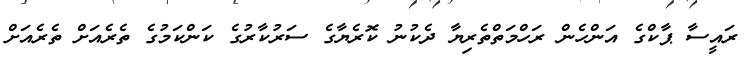
ރައީސާ ޕާކްގެ އަންހެން ރަހްމަތްތެރިޔާ ދެކުނު ކޮރެޔާގެ ސަރުކާރުގެ ކަންކަމުގެ ތެރެއަށް ތެރެއަށް